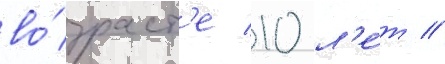
во́зраст'е 10 л'е́т //